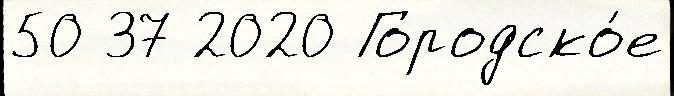
50 37 2020 Городско́е